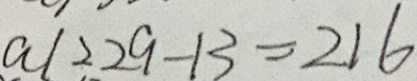
a \vert 2 2 9 - 1 3 = 2 1 6